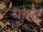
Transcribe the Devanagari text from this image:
धुकट